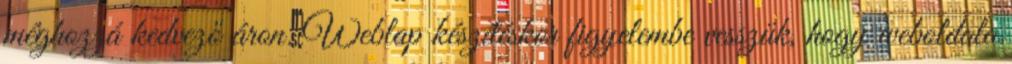
méghozzá kedvező áron. Weblap készítéskor figyelembe vesszük, hogy weboldala